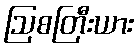
ဩစတြီးယား